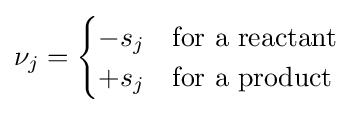
\nu _{j}={\begin{cases}-s_{j}&{\text{for a reactant}}\\+s_{j}&{\text{for a product}}\end{cases}}